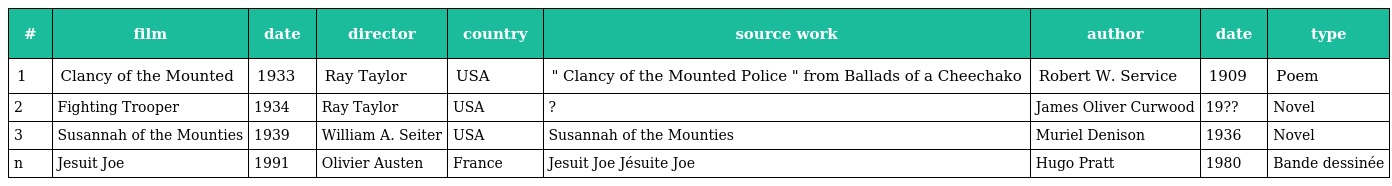
| # | film | date | director | country | source work | author | date | type |
 | --- | --- | --- | --- | --- | --- | --- | --- | --- |
 | 1 | Clancy of the Mounted | 1933 | Ray Taylor | USA | " Clancy of the Mounted Police " from Ballads of a Cheechako | Robert W. Service | 1909 | Poem |
 | 2 | Fighting Trooper | 1934 | Ray Taylor | USA | ? | James Oliver Curwood | 19?? | Novel |
 | 3 | Susannah of the Mounties | 1939 | William A. Seiter | USA | Susannah of the Mounties | Muriel Denison | 1936 | Novel |
 | n | Jesuit Joe | 1991 | Olivier Austen | France | Jesuit Joe Jésuite Joe | Hugo Pratt | 1980 | Bande dessinée |